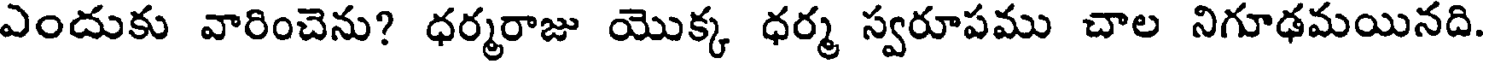
ఎందుకు వారించెను? ధర్మరాజు యొక్క ధర్మ స్వరూపము చాల నిగూఢమయినది.